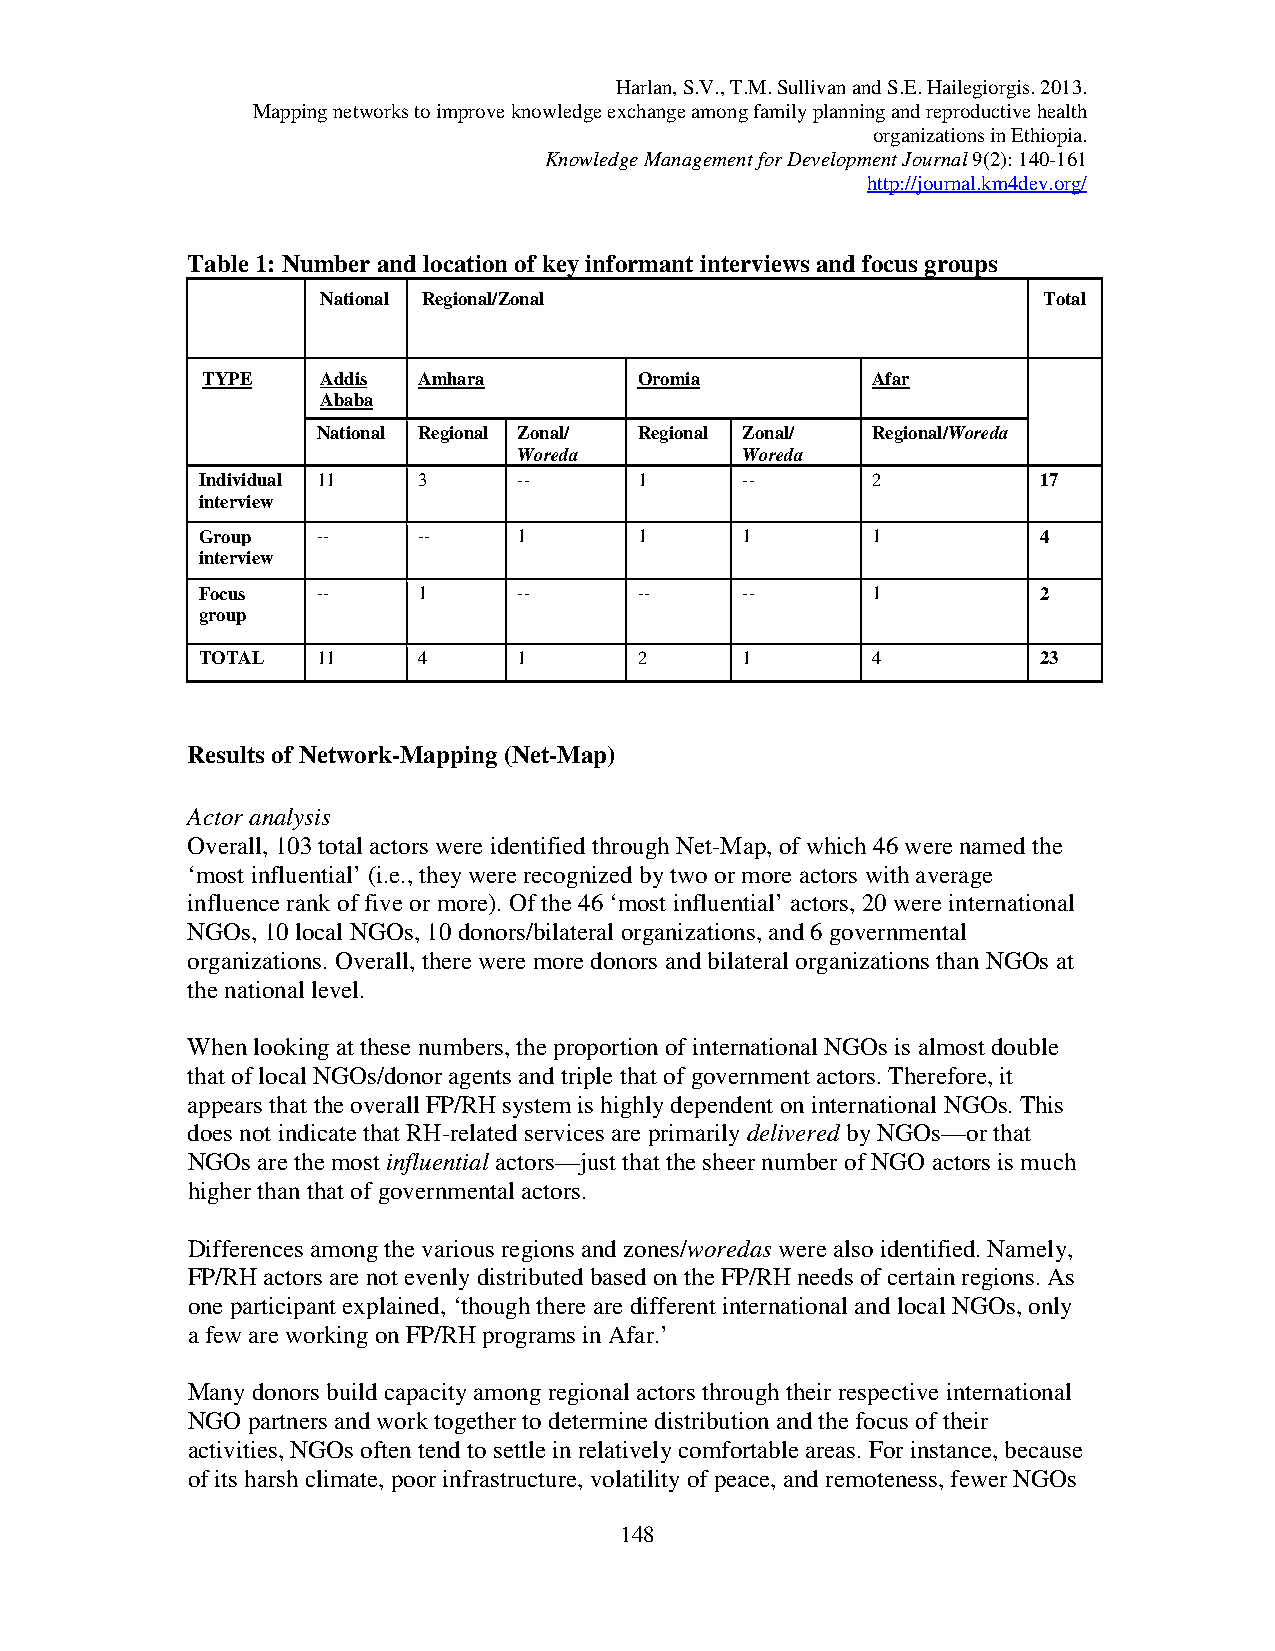
Harlan, S.V., T.M. Sullivan and S.E. Hailegiorgis. 2013.
 Mapping networks to improve knowledge exchange among family planning and reproductive health
 organizations in Ethiopia.
 Knowledge Management for Development Journal 9(2): 140-161
 http://journal.km4dev.org/
 Table 1: Number and location of key informant interviews and focus groups
 National Regional/Zonal                         Total
 TYPE    Addis  Amhara        Oromia          Afar
 Ababa
 National Regional Zonal/ Regional Zonal/ Regional/Woreda
 Woreda         Woreda
 Individual 11  3     --      1      --       2          17
 interview
 Group   --     --    1       1      1        1          4
 interview
 Focus   --     1     --      --     --       1          2
 group
 TOTAL   11     4     1       2      1        4          23
 Results of Network-Mapping (Net-Map)
 Actor analysis
 Overall, 103 total actors were identified through Net-Map, of which 46 were named the
 ‘most influential’ (i.e., they were recognized by two or more actors with average
 influence rank of five or more). Of the 46 ‘most influential’ actors, 20 were international
 NGOs, 10 local NGOs, 10 donors/bilateral organizations, and 6 governmental
 organizations. Overall, there were more donors and bilateral organizations than NGOs at
 the national level.
 When looking at these numbers, the proportion of international NGOs is almost double
 that of local NGOs/donor agents and triple that of government actors. Therefore, it
 appears that the overall FP/RH system is highly dependent on international NGOs. This
 does not indicate that RH-related services are primarily delivered by NGOs—or that
 NGOs are the most influential actors—just that the sheer number of NGO actors is much
 higher than that of governmental actors.
 Differences among the various regions and zones/woredas were also identified. Namely,
 FP/RH actors are not evenly distributed based on the FP/RH needs of certain regions. As
 one participant explained, ‘though there are different international and local NGOs, only
 a few are working on FP/RH programs in Afar.’
 Many donors build capacity among regional actors through their respective international
 NGO partners and work together to determine distribution and the focus of their
 activities, NGOs often tend to settle in relatively comfortable areas. For instance, because
 of its harsh climate, poor infrastructure, volatility of peace, and remoteness, fewer NGOs
 148